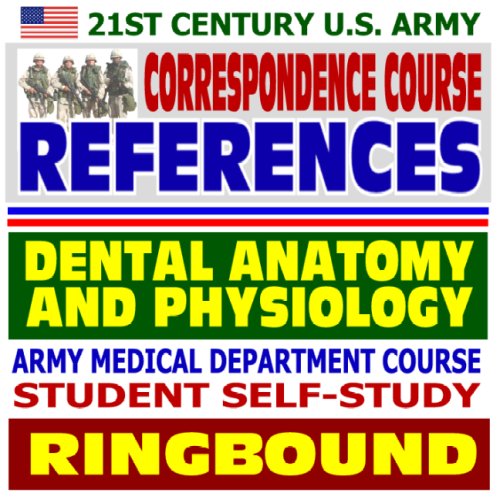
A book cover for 21st Century U.S. Army Correspondence Course References: Dental Anatomy and Physiology - Army Medical Department Course Student Self-Study Guide (Ringbound); Department of Defense; Medical Books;